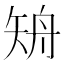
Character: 矪